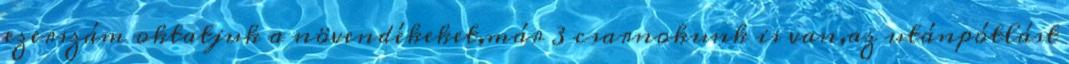
ezerszám oktatjuk a növendékeket,már 3 csarnokunk is van,az utánpótlást